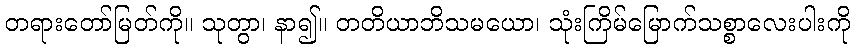
တရားတော်မြတ်ကို။ သုတွာ၊ နာ၍။ တတိယာဘိသမယော၊ သုံးကြိမ်မြောက်သစ္စာလေးပါးကို